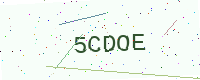
Text: 5CDOE